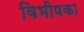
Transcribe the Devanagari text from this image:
विभीषका